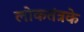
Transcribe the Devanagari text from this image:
लोकतंत्रके